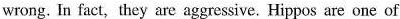
wrong.In fact,they are aggressive. Hippos are one of